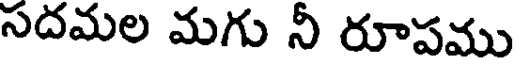
సదమల మగు నీ రూపము